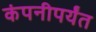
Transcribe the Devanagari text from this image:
कंपनीपर्यंत